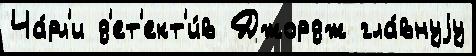
Ча́рл'и д'ет'ект'и́в Джордж гла́внуjу